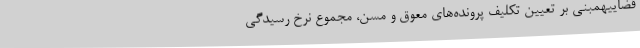
قضاییهمبنی بر تعیین‌ تکلیف پرونده‌های معوق و مسن، مجموع نرخ رسیدگی